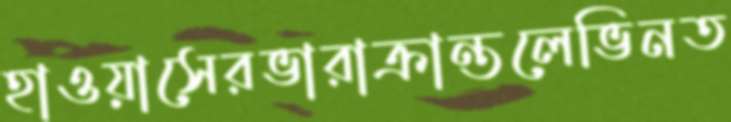
হাওয়াসেরভারাক্রান্তলেভিনত